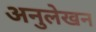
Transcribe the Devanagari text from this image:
अनुलेखन